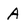
Character: A